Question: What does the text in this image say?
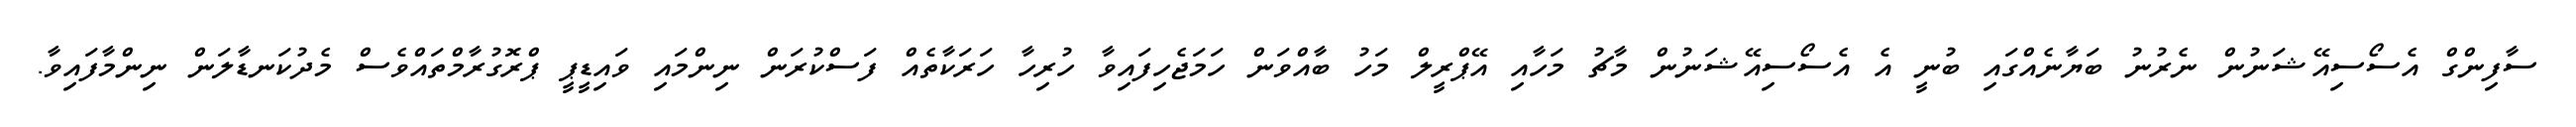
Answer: ސާފިންގް އެސޯސިއޭޝަނުން ނެރުނު ބަޔާނެއްގައި ބުނީ އެ އެސޯސިއޭޝަނުން މާޗު މަހާއި އޭޕްރީލް މަހު ބާއްވަން ހަމަޖެހިފައިވާ ހުރިހާ ހަރަކާތެއް ފަސްކުރަން ނިންމައި ވައިޑީޕީ ޕްރޮގުރާމްތައްވެސް މެދުކަނޑާލަން ނިންމާފައިވާ.